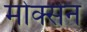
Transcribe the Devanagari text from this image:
मोक्सेन